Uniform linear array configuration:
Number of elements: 32
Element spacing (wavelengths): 1
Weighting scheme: hann
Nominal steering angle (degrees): -30
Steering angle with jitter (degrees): -31.406
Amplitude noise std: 0.05
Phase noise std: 0.05

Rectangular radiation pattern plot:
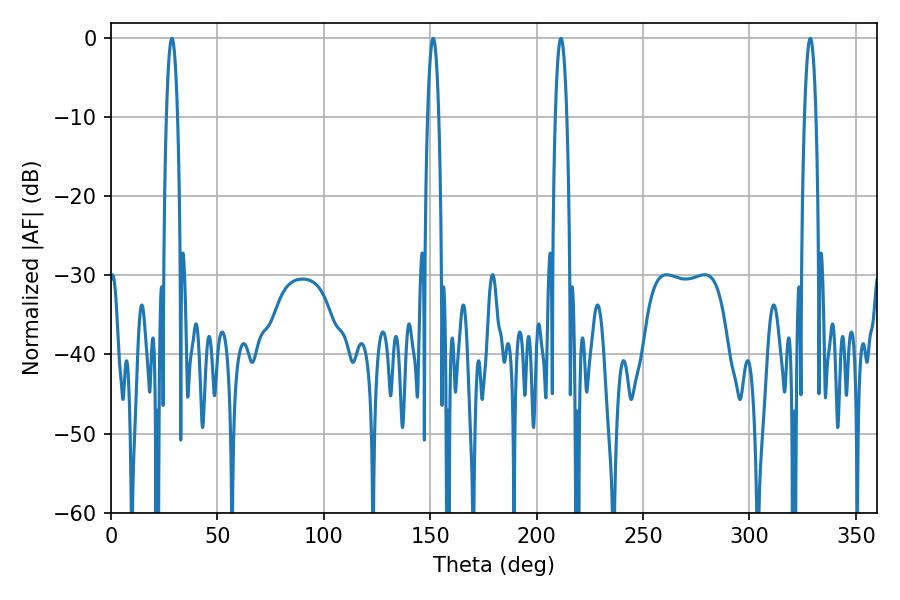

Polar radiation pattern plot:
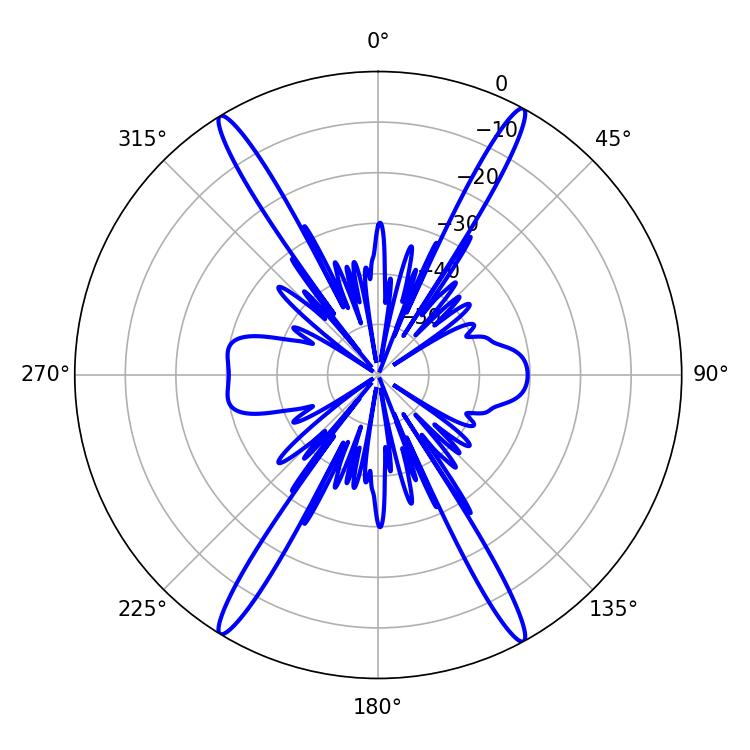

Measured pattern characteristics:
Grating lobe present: TRUE
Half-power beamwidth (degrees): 2.88
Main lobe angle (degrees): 28.62